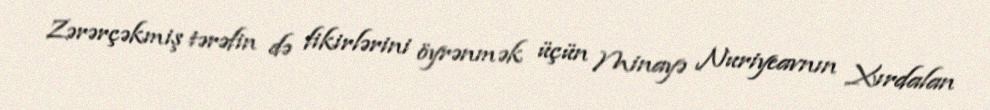
Zərərçəkmiş tərəfin də fikirlərini öyrənmək üçün Minayə Nuriyeavnın Xırdalan